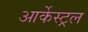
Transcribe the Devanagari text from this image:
आर्केस्ट्रल